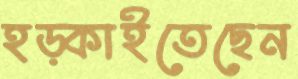
হড়্‌কাইতেছেন